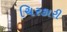
ચિરકારી